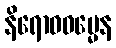
နိရောဓဓမ္မေန